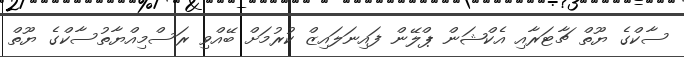
ސާކްގެ ޔޫތް ޗާޓަރާއި އެކްޝަން ޕްލޭން ފައިނަލައިޒް ކުރުމަށް ބޭއްވި ރަސްމިއްޔާތުސާކްގެ ޔޫތް